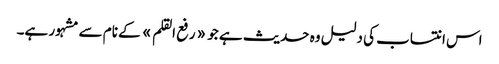
اس انتساب کی دلیل وہ حدیث ہے جو «رفع القلم» کے نام سے مشہور ہے۔